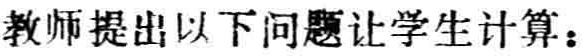
教师提出以下问题让学生计算：